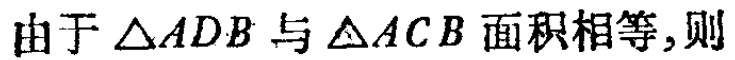
由于$\triangle ADB$与$\triangle ACB$面积相等,则